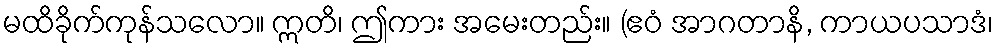
မထိခိုက်ကုန်သလော။ ဣတိ၊ ဤကား အမေးတည်း။ (ဧဝံ အာဂတာနိ, ကာယပသာဒံ၊